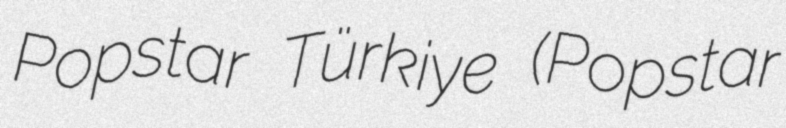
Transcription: Popstar Türkiye (Popstar